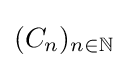
(C_{n})_{n\in \mathbb {N} }